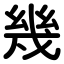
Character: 幾